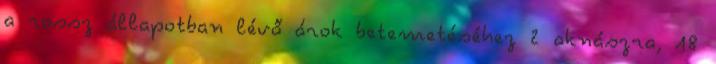
a rossz állapotban lévő árok betemetéséhez 2 aknászra, 18